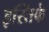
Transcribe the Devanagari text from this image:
इस्तिफे